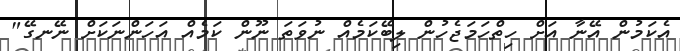
އެކަމުން އޭނާ އަށް ހިތްހަމަޖެހުން ލިބޭކަމެއް ނުވަތަ ނޫން ކަމެއް އަހަންނަކަށް ނޭނގޭ"